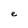
Character: e